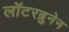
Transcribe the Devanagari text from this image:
लॉटरब्रुनेन